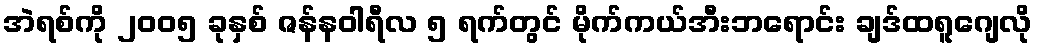
အဲရစ်ကို ၂၀၀၅ ခုနှစ် ဇန်နဝါရီလ ၅ ရက်တွင် မိုက်ကယ်အီးဘရောင်း ချဒ်ထရူဂျေလို